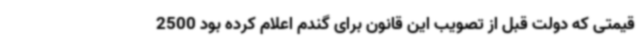
قیمتی که دولت قبل از تصویب این قانون برای گندم اعلام کرده بود 2500